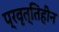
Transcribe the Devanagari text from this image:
प्रवृत्तिहीन